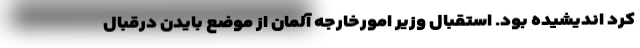
کرد اندیشیده بود. استقبال وزیر امورخارجه آلمان از موضع بایدن درقبال